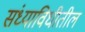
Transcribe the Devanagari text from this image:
संध्याविधीतील